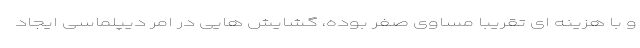
و با هزینه ای تقریبا مساوی صفر بوده، گشایش هایی در امر دیپلماسی ایجاد